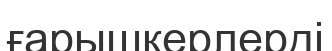
ғарышкерлерді